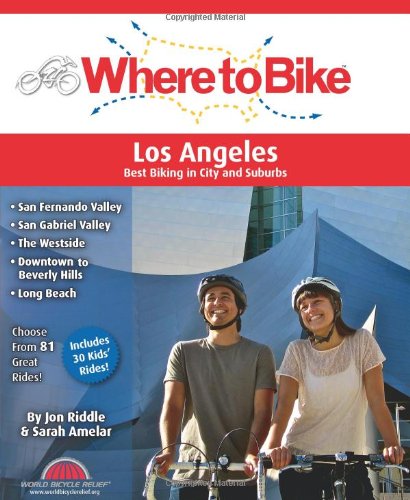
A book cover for Where to Bike Los Angeles: Best Biking in City and Suburbs; Sarah Amelar; Travel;